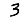
Digit: 3